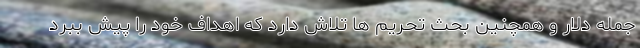
جمله دلار و همچنین بحث تحریم ها تلاش دارد که اهداف خود را پیش ببرد